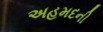
અહમદની